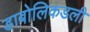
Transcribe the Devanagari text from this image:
डाबोलिकडली